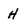
Character: H